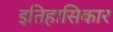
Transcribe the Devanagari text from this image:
इतिहासिकार